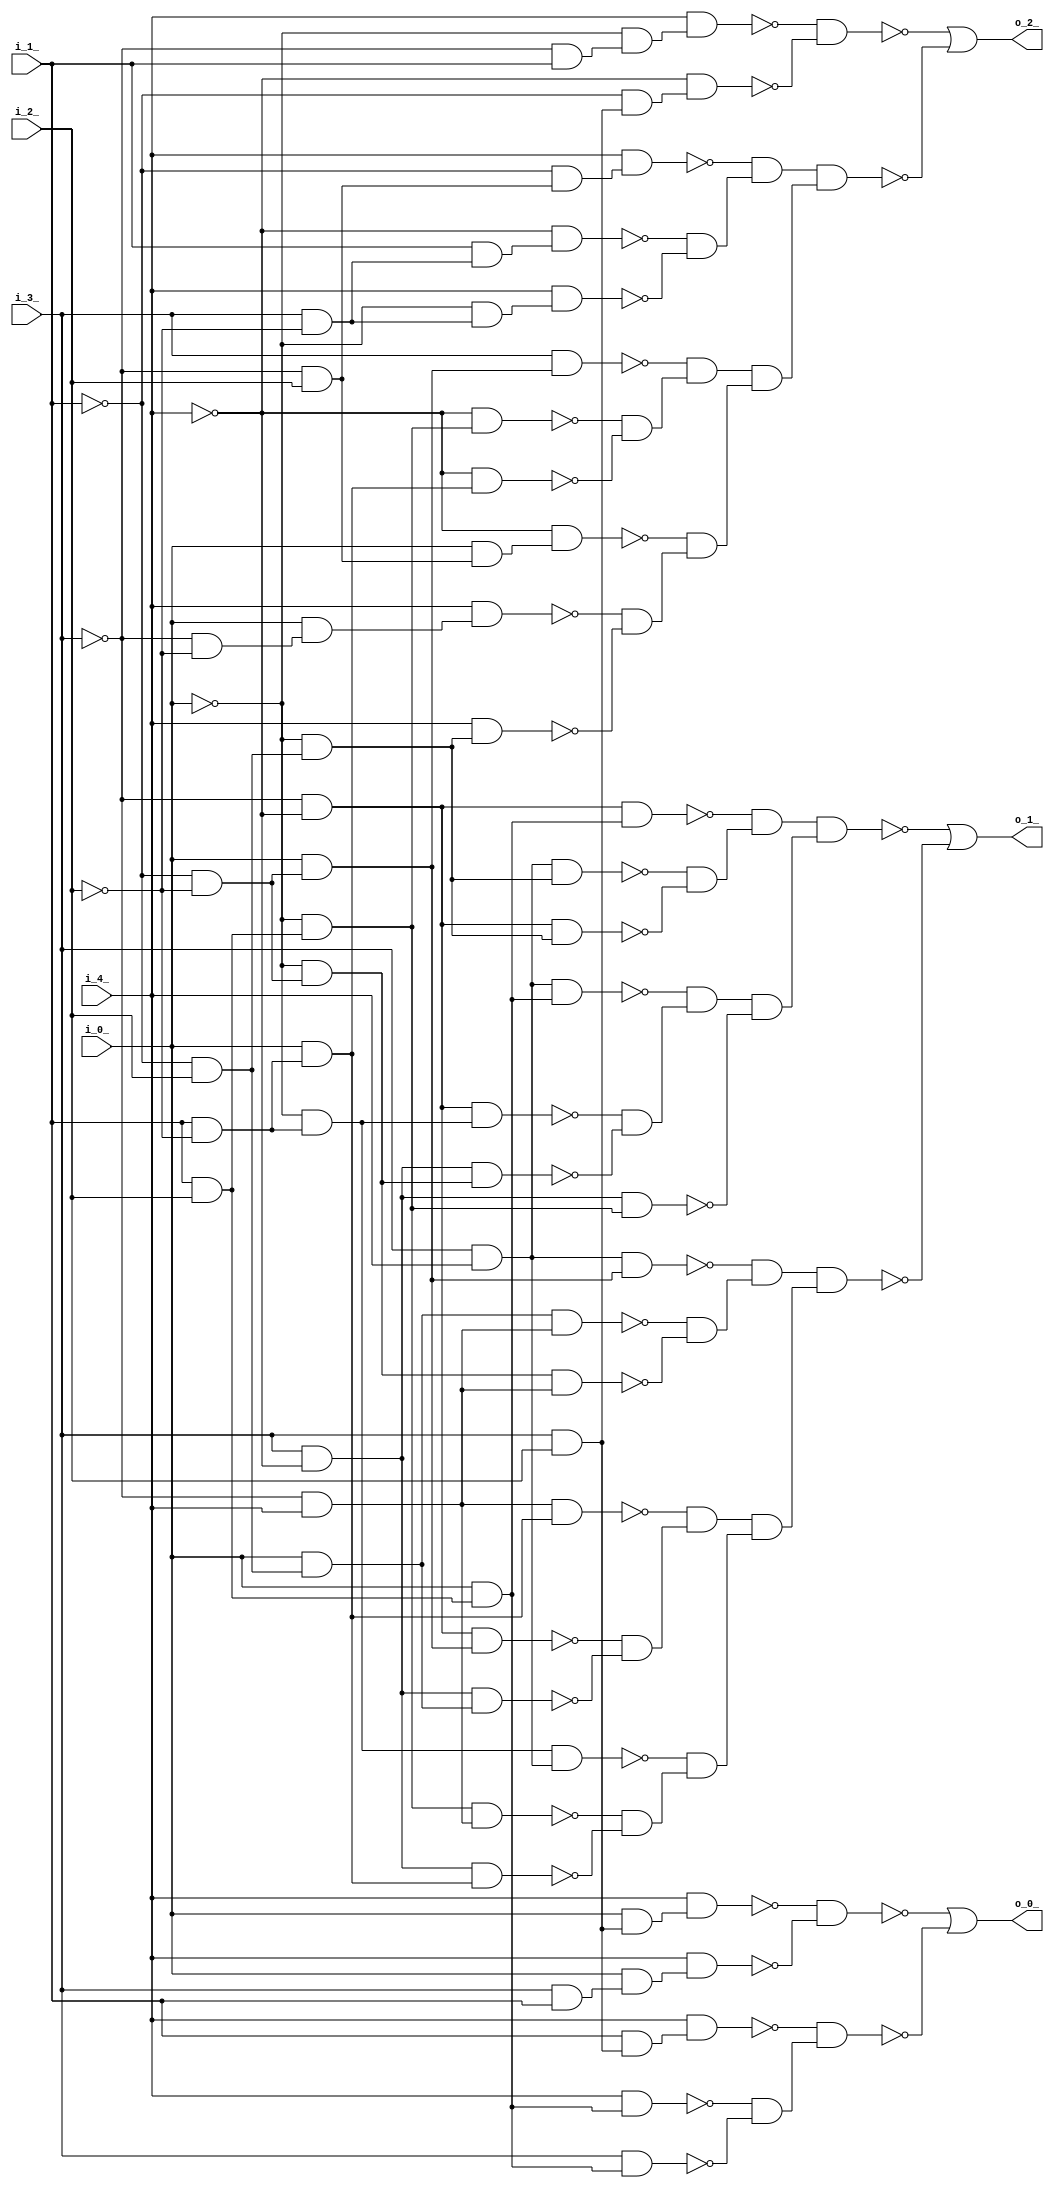
module top ( 
    i_3_, i_4_, i_1_, i_2_, i_0_,
    o_1_, o_2_, o_0_  );
  input  i_3_, i_4_, i_1_, i_2_, i_0_;
  output o_1_, o_2_, o_0_;
  wire new_n9_, new_n10_, new_n11_, new_n12_, new_n13_, new_n14_, new_n15_,
    new_n16_, new_n17_, new_n18_, new_n19_, new_n20_, new_n21_, new_n22_,
    new_n23_, new_n24_, new_n25_, new_n26_, new_n27_, new_n28_, new_n29_,
    new_n30_, new_n31_, new_n32_, new_n33_, new_n34_, new_n35_, new_n36_,
    new_n37_, new_n38_, new_n39_, new_n40_, new_n41_, new_n42_, new_n43_,
    new_n44_, new_n45_, new_n46_, new_n47_, new_n48_, new_n49_, new_n50_,
    new_n51_, new_n52_, new_n53_, new_n54_, new_n56_, new_n57_, new_n58_,
    new_n59_, new_n60_, new_n61_, new_n62_, new_n63_, new_n64_, new_n65_,
    new_n66_, new_n67_, new_n68_, new_n69_, new_n70_, new_n71_, new_n72_,
    new_n73_, new_n74_, new_n75_, new_n76_, new_n77_, new_n78_, new_n79_,
    new_n80_, new_n81_, new_n82_, new_n83_, new_n84_, new_n85_, new_n86_,
    new_n87_, new_n89_, new_n90_, new_n91_, new_n92_, new_n93_, new_n94_,
    new_n95_, new_n96_, new_n97_, new_n98_, new_n99_, new_n100_;
  assign new_n9_ = ~i_3_ & ~i_4_;
  assign new_n10_ = i_1_ & ~i_2_;
  assign new_n11_ = ~i_0_ & new_n10_;
  assign new_n12_ = new_n9_ & new_n11_;
  assign new_n13_ = i_3_ & ~i_4_;
  assign new_n14_ = ~i_1_ & ~i_2_;
  assign new_n15_ = ~i_0_ & new_n14_;
  assign new_n16_ = new_n13_ & new_n15_;
  assign new_n17_ = i_3_ & i_4_;
  assign new_n18_ = i_1_ & i_2_;
  assign new_n19_ = i_0_ & new_n18_;
  assign new_n20_ = new_n17_ & new_n19_;
  assign new_n21_ = ~new_n12_ & ~new_n16_;
  assign new_n22_ = ~new_n20_ & new_n21_;
  assign new_n23_ = ~i_0_ & new_n18_;
  assign new_n24_ = new_n13_ & new_n23_;
  assign new_n25_ = ~i_1_ & i_2_;
  assign new_n26_ = ~i_0_ & new_n25_;
  assign new_n27_ = new_n17_ & new_n26_;
  assign new_n28_ = new_n9_ & new_n26_;
  assign new_n29_ = new_n9_ & new_n19_;
  assign new_n30_ = ~new_n27_ & ~new_n28_;
  assign new_n31_ = ~new_n29_ & new_n30_;
  assign new_n32_ = new_n22_ & ~new_n24_;
  assign new_n33_ = new_n31_ & new_n32_;
  assign new_n34_ = i_0_ & new_n14_;
  assign new_n35_ = new_n9_ & new_n34_;
  assign new_n36_ = i_0_ & new_n25_;
  assign new_n37_ = new_n13_ & new_n36_;
  assign new_n38_ = ~i_3_ & i_4_;
  assign new_n39_ = i_0_ & new_n10_;
  assign new_n40_ = new_n38_ & new_n39_;
  assign new_n41_ = ~new_n35_ & ~new_n37_;
  assign new_n42_ = ~new_n40_ & new_n41_;
  assign new_n43_ = new_n23_ & new_n38_;
  assign new_n44_ = new_n13_ & new_n39_;
  assign new_n45_ = new_n11_ & new_n17_;
  assign new_n46_ = ~new_n43_ & ~new_n44_;
  assign new_n47_ = ~new_n45_ & new_n46_;
  assign new_n48_ = new_n36_ & new_n38_;
  assign new_n49_ = new_n15_ & new_n38_;
  assign new_n50_ = new_n17_ & new_n34_;
  assign new_n51_ = ~new_n48_ & ~new_n49_;
  assign new_n52_ = ~new_n50_ & new_n51_;
  assign new_n53_ = new_n42_ & new_n47_;
  assign new_n54_ = new_n52_ & new_n53_;
  assign o_1_ = ~new_n33_ | ~new_n54_;
  assign new_n56_ = ~i_3_ & i_1_;
  assign new_n57_ = ~i_0_ & new_n56_;
  assign new_n58_ = i_4_ & new_n57_;
  assign new_n59_ = i_3_ & i_2_;
  assign new_n60_ = ~i_1_ & new_n59_;
  assign new_n61_ = ~i_4_ & new_n60_;
  assign new_n62_ = ~new_n58_ & ~new_n61_;
  assign new_n63_ = ~i_4_ & new_n23_;
  assign new_n64_ = ~i_4_ & new_n39_;
  assign new_n65_ = i_3_ & new_n34_;
  assign new_n66_ = ~new_n63_ & ~new_n64_;
  assign new_n67_ = ~new_n65_ & new_n66_;
  assign new_n68_ = ~i_3_ & ~i_2_;
  assign new_n69_ = i_0_ & new_n68_;
  assign new_n70_ = i_4_ & new_n69_;
  assign new_n71_ = i_4_ & new_n26_;
  assign new_n72_ = ~i_3_ & i_2_;
  assign new_n73_ = i_0_ & new_n72_;
  assign new_n74_ = ~i_4_ & new_n73_;
  assign new_n75_ = ~new_n70_ & ~new_n71_;
  assign new_n76_ = ~new_n74_ & new_n75_;
  assign new_n77_ = i_3_ & ~i_2_;
  assign new_n78_ = i_1_ & new_n77_;
  assign new_n79_ = ~i_4_ & new_n78_;
  assign new_n80_ = ~i_0_ & new_n77_;
  assign new_n81_ = i_4_ & new_n80_;
  assign new_n82_ = ~i_1_ & new_n72_;
  assign new_n83_ = i_4_ & new_n82_;
  assign new_n84_ = ~new_n79_ & ~new_n81_;
  assign new_n85_ = ~new_n83_ & new_n84_;
  assign new_n86_ = new_n67_ & new_n76_;
  assign new_n87_ = new_n85_ & new_n86_;
  assign o_2_ = ~new_n62_ | ~new_n87_;
  assign new_n89_ = i_0_ & new_n59_;
  assign new_n90_ = i_4_ & new_n89_;
  assign new_n91_ = i_3_ & i_1_;
  assign new_n92_ = i_0_ & new_n91_;
  assign new_n93_ = i_4_ & new_n92_;
  assign new_n94_ = ~new_n90_ & ~new_n93_;
  assign new_n95_ = i_4_ & new_n19_;
  assign new_n96_ = i_3_ & new_n19_;
  assign new_n97_ = i_1_ & new_n59_;
  assign new_n98_ = i_4_ & new_n97_;
  assign new_n99_ = ~new_n95_ & ~new_n96_;
  assign new_n100_ = ~new_n98_ & new_n99_;
  assign o_0_ = ~new_n94_ | ~new_n100_;
endmodule